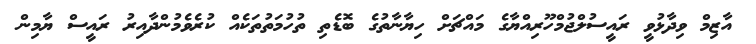
އާޒިމް ވިދާޅުވީ ރައީސުލްޖުމްހޫރިއްޔާގެ މައްޗަށް ހިޔާނާތުގެ ބޮޑެތި ތުހުމަތުތަކެއް ކުރެވެމުންދާއިރު ރައީސް ޔާމިން